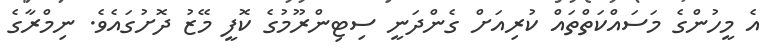
އެ މީހުންގެ މަސައްކަތްތައް ކުރިއަށް ގެންދަނީ ސިޓިންރޫމުގެ ކޮފީ މޭޒު ދޮށުގައެވެ. ނިމްރާގެ